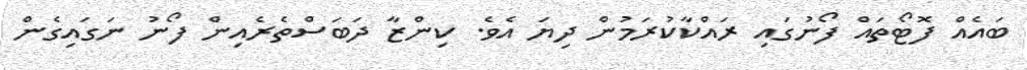
ބައެއް ފޮޓޯތައް ފޯނުގައި ރައްކާކުރަމުން ދިޔަ އެވެ. ކިންޒާ ދަބަސްތެރެއިން ފޯނު ނަގައިގެން